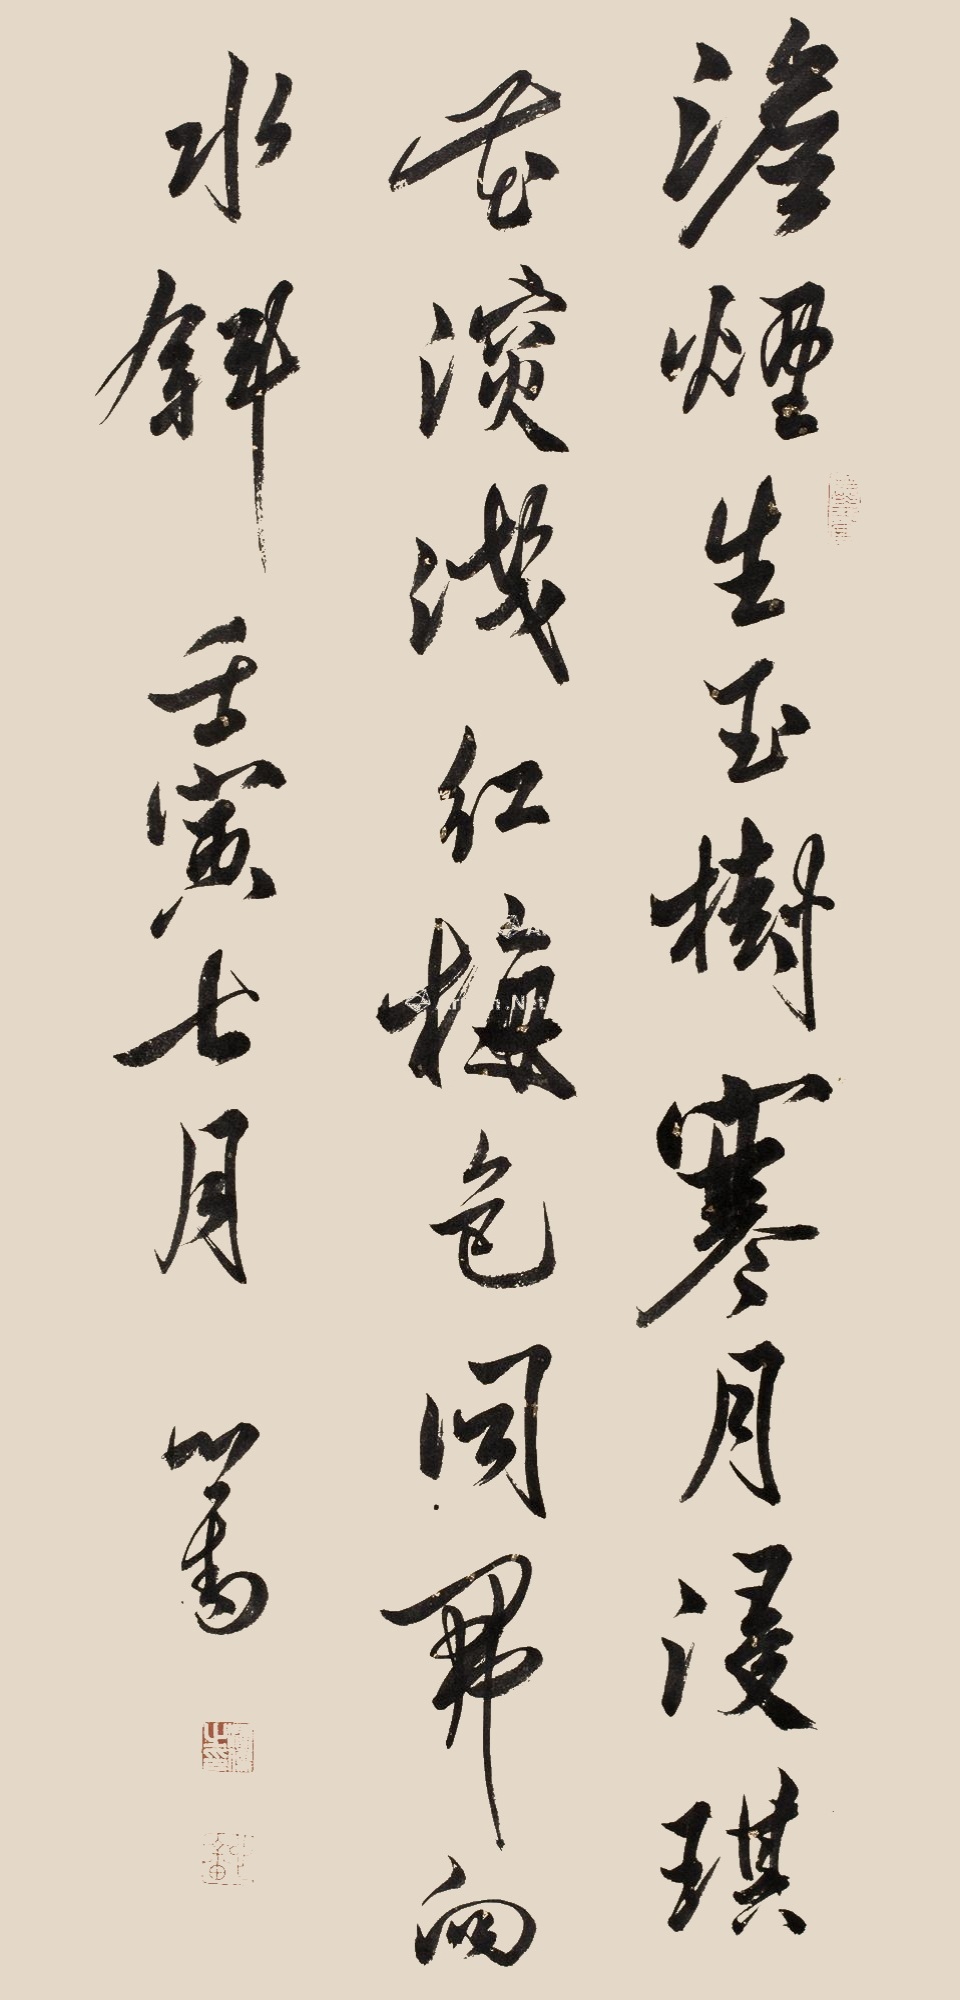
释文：淡烟生玉树，寒月浸琪花。深浅红梅色，同开向水斜。壬寅七月，心畬。